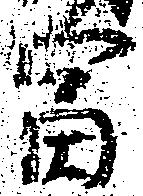
富